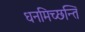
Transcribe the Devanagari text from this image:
धनमिच्छन्ति